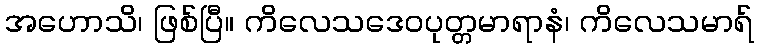
အဟောသိ၊ ဖြစ်ပြီ။ ကိလေသဒေဝပုတ္တမာရာနံ၊ ကိလေသမာရ်